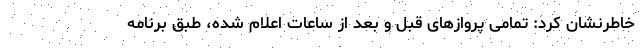
خاطرنشان کرد: تمامی پروازهای قبل و بعد از ساعات اعلام‌ شده، طبق برنامه